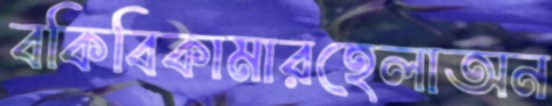
বকিবিকামারহেলাঅন